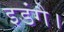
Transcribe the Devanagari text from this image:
इडंगै।